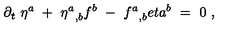
\partial _ { t } \ \eta ^ { a } \ + \ { \eta ^ { a } } _ { , b } f ^ { b } \ - \ { f ^ { a } } _ { , b } e t a ^ { b } \ = \ 0 \ ,